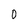
Character: 0